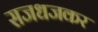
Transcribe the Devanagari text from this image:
सजधजकर